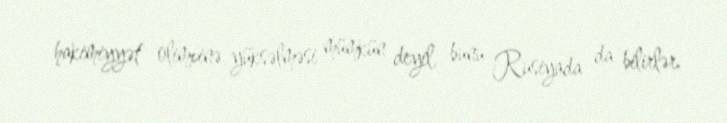
hakimiyyət olimpinə yüksəlməsi mümkün deyil, bunu Rusiyada da bilirlər.